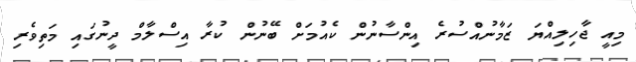
މިއީ ޖާހިލިއްޔަ ޒަމާނުއްސުރެ އިންސާނުން ކެއުމަށް ބޭނުން ކުރާ އިސްލާމް ދީނުގައި މަތިވެރި